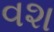
વશ